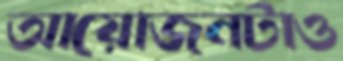
আয়োজনটাও